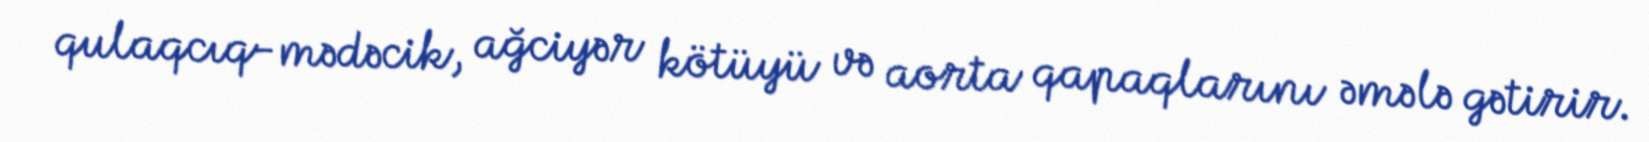
qulaqcıq-mədəcik, ağciyər kötüyü və aorta qapaqlarını əmələ gətirir.